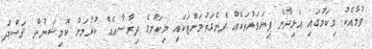
ވުމާއެކު މިކަމުގައި އެޅިދާނެ ފިޔަވަޅުތަކެއް ދެނެގަތުމަށްޓަކައި މިކަމުގެ ދިރާސާއެއް ކުރުމަށް ކޮމިޝަނުން ޤަޞްދު